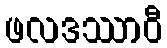
ဖလဒဿာဝီ